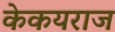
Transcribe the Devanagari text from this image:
केकयराज